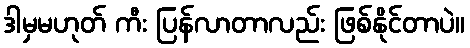
ဒါမှမဟုတ် ကီး ပြန်လာတာလည်း ဖြစ်နိုင်တာပဲ။